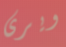
ويرى